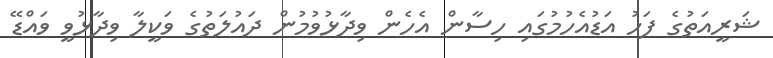
ޝަރީއަތުގެ ފަހު އަޑުއެހުމުގައި ހިސާން އެހެން ވިދާޅުވުމުން ދައުލަތުގެ ވަކީލާ ވިދާޅުވީ ވައްޑޭ